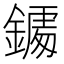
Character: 𨬀